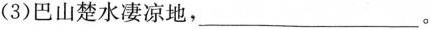
(3)巴山楚水凄凉地，___。